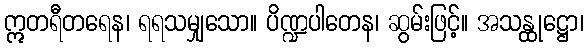
ဣတရီတရေန၊ ရရသမျှသော။ ပိဏ္ဍပါတေန၊ ဆွမ်းဖြင့်။ အသန္ထုဋ္ဌော၊